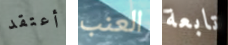
أعتقد العنب تابعة